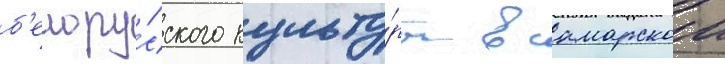
б'елору́сского культу́ры в самарскои